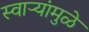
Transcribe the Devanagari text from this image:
स्वाऱ्यांमुळे